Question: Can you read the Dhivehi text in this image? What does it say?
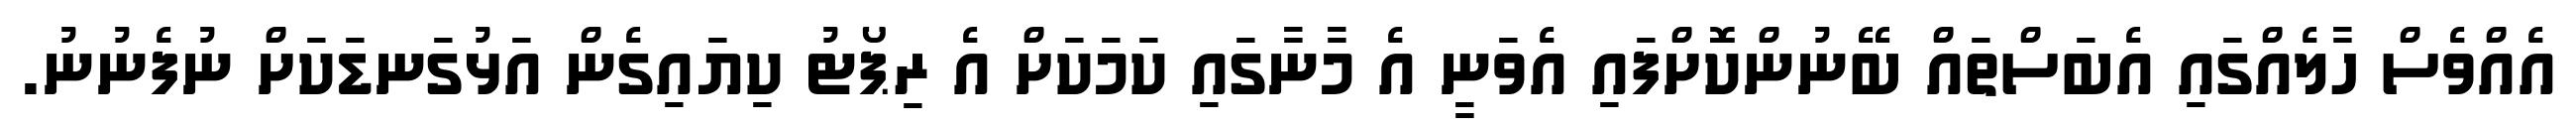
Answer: އެއްވެސް ހާލެއްގައި އެބަސްތައް ބޭނުންކޮށްފައި އެވަނީ އެ މާނާގައި ކަމަކަށް އެ ރިޕޯޓު ކިޔައިގެން އަޅުގަނޑަކަށް ނުފެނުނު.